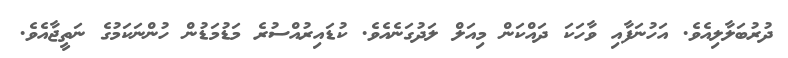
ދުރުބަލާލިއެވެ. އަހުނަފާއި ވާހަކަ ދައްކަން މިއަލް ލަދުގަނެއެވެ. ކުޑައިރުއްސުރެ މަޑުމަޑުން ހުންނަކަމުގެ ނަތީޖާއެވެ.